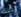
تلك